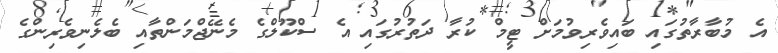
އެ މުބާރާތުގައި ބައިވެރިވުމަށް ޓީމް ކުރާ ދަތުރުގައި އެ ސްކޫލްގެ މެނޭޖްމަންތާއި ބެލެނިވެރިންގެ